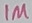
Text: 1M